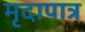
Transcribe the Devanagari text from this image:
मृदापात्र